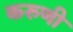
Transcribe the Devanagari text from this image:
करुणी